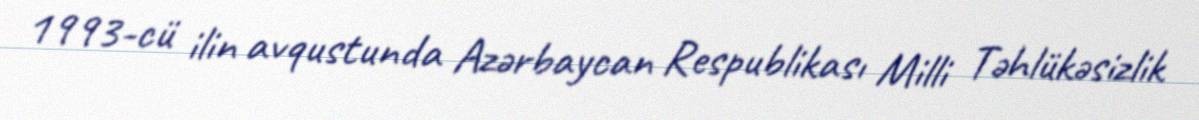
1993-cü ilin avqustunda Azərbaycan Respublikası Milli Təhlükəsizlik